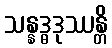
သန္နဒ္ဓဒုဿန္တိ